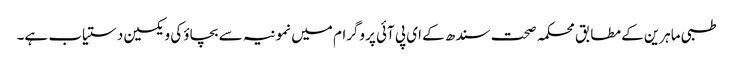
طبی ماہرین کے مطابق محکمہ صحت سندھ کے ای پی آئی پروگرام میں نمونیہ سے بچاؤ کی ویکسین دستیاب ہے۔